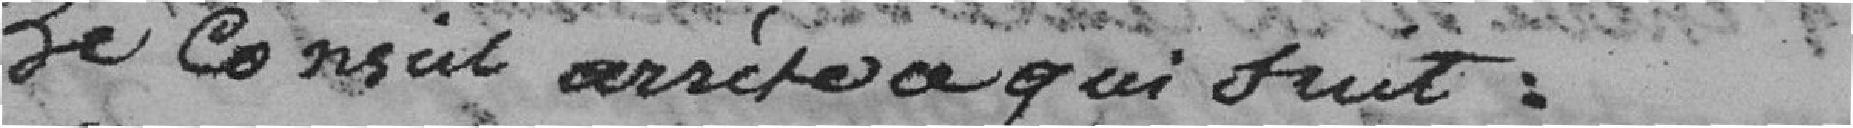
Le Conseil arrêtera qui suit :